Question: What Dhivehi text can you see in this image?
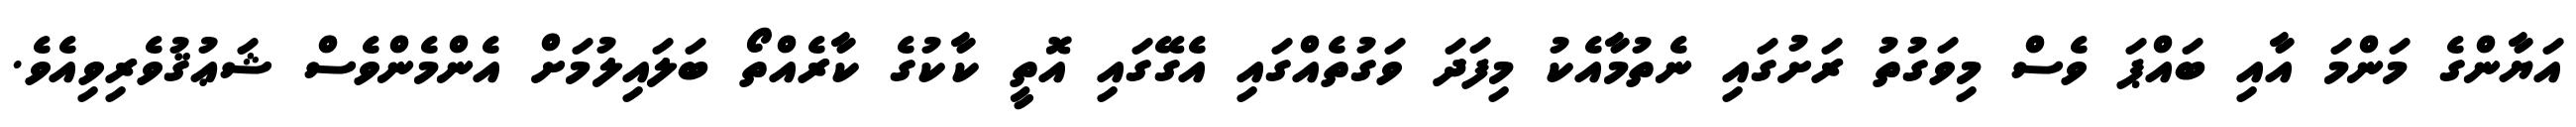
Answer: އަޔާންގެ މަންމަ އާއި ބައްޕަ ވެސް މިވަގުތު ރަށުގައި ނެތުމާއެކު މިފަދަ ވަގުތެއްގައި އެގޭގައި އޮތީ ކާކުގެ ކާރެއްތޯ ބަލައިލުމަށް އެންމެންވެސް ޝަޢުޤުވެރިވިއެވެ.